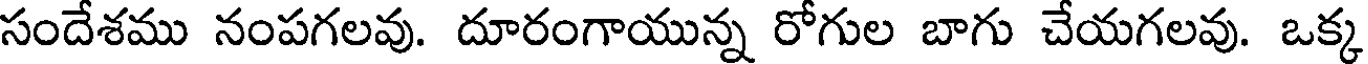
సందేశము నంపగలవు. దూరంగాయున్న రోగుల బాగు చేయగలవు. ఒక్క